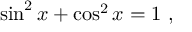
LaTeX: \sin ^ { 2 } x + \cos ^ { 2 } x = 1 \ ,